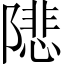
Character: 𨼚